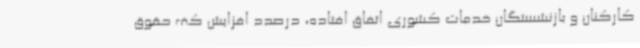
کارکنان و بازنشستگان خدمات کشوری اتفاق افتاده، درصدد افزایش کف حقوق